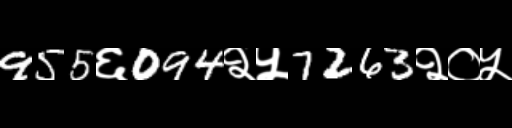
Text: 955६094२५7263२०५